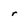
Character: r